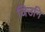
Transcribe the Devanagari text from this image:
जिउनि